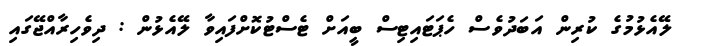
ލޭއެޅުމުގެ ކުރިން އަބަދުވެސް ހެޕަޓައިޓިސް ބީއަށް ޓެސްޓުކޮށްފައިވާ ލޭއެޅުން : ދިވެހިރާއްޖޭގައި